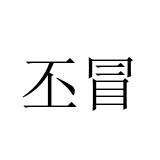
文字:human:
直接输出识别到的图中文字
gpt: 丕冒